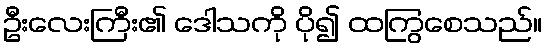
ဦးလေးကြီး၏ ဒေါသကို ပို၍ ထကြွစေသည်။